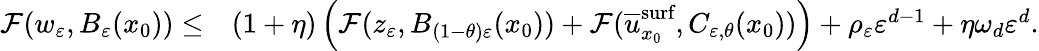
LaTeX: \begin{array}{rl}{\mathcal{F}(w_{\varepsilon},B_{\varepsilon}(x_{0}))\leq}&{(1+\eta)\left(\mathcal{F}(z_{\varepsilon},B_{(1-\theta)\varepsilon}(x_{0}))+\mathcal{F}(\overline{{u}}_{x_{0}}^{\textnormal{surf}},C_{\varepsilon,\theta}(x_{0}))\right)+\rho_{\varepsilon}\varepsilon^{d-1}+\eta\omega_{d}\varepsilon^{d}.}\end{array}